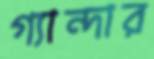
গ্যান্দার